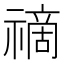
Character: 𥛚